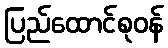
ပြည်ထောင်စုဝန်